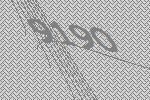
9190